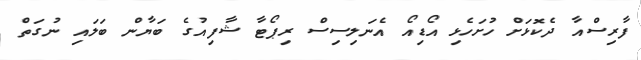
ފާރިސްއާ ދެކޮޅަށް ހުށަހެޅި އޯޑިއޯ އެނަލިސިސް ރިޕޯޓާ ޝާފިއުގެ ބަޔާން ބަލައި ނުގަތް